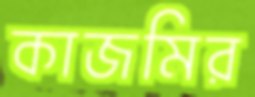
কাজমির